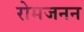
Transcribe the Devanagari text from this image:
रोमजनन